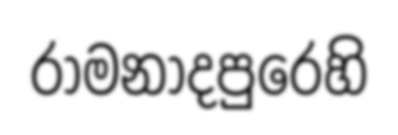
රාමනාදපුරෙහි